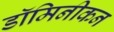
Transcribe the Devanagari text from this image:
डॉमिनीकन